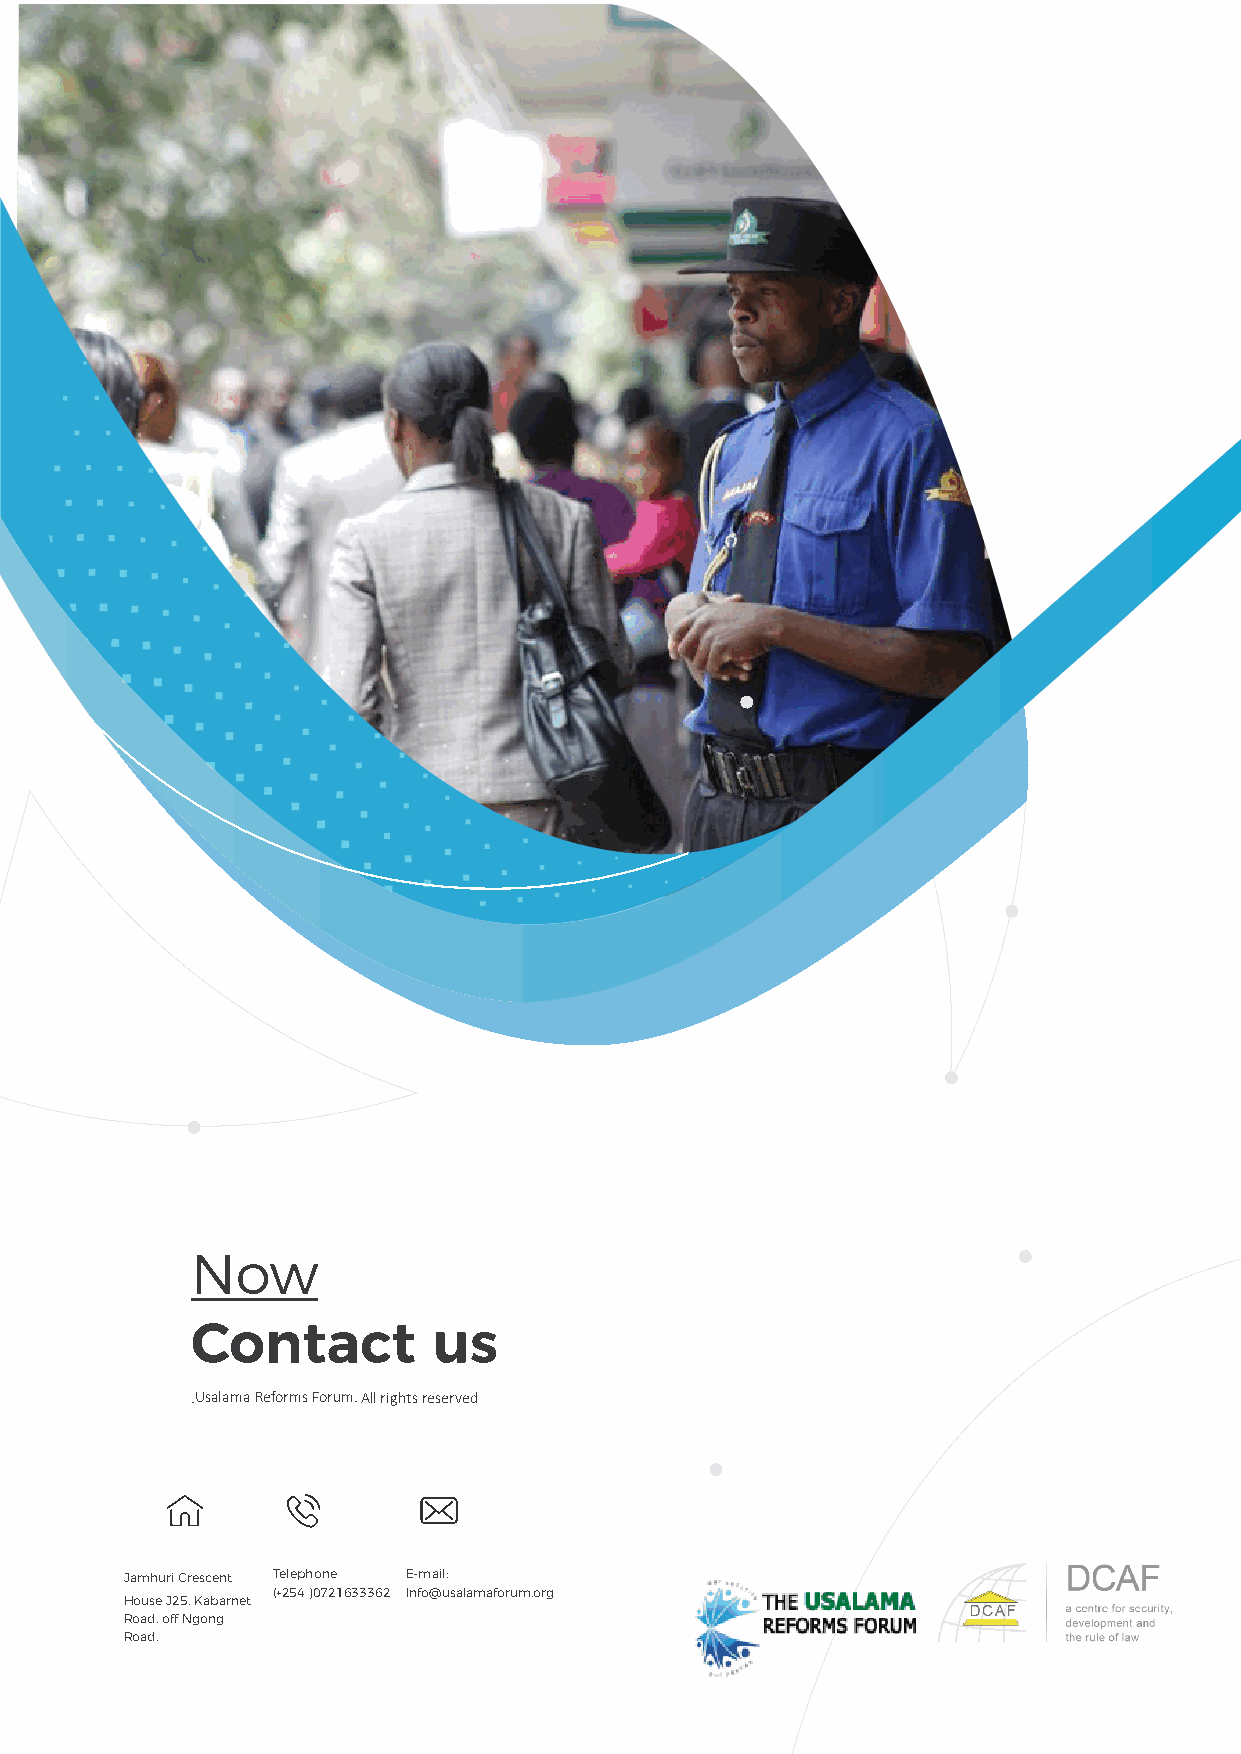
3344
 Now
 Contact         us
 .Usalama Reforms Forum. All rights reserved
 Jamhuri Crescent Telephone E-mail:
 (+254 )0721633362 Info@usalamaforum.org
 House J25, Kabarnet
 Road, off Ngong
 Road.